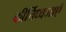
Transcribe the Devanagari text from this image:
कीर्तिध्वजाएँ